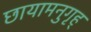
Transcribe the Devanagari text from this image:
छायामनुगृह्